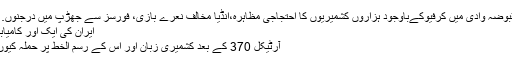
مقبوضہ وادی میں کرفیوکےباوجود ہزاروں کشمیریوں کا احتجاجی مظاہرہ،انڈیا مخالف نعرے بازی، فورسز سے جھڑپ میں درجنوں…
ایران کی ایک اور کامیابی
آرٹیکل 370 کے بعد کشمیری زبان اور اس کے رسم الخط پر حملہ کیوں؟